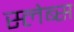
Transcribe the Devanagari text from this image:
स्लेब्स